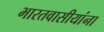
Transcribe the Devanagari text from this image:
भारतवासीयांना